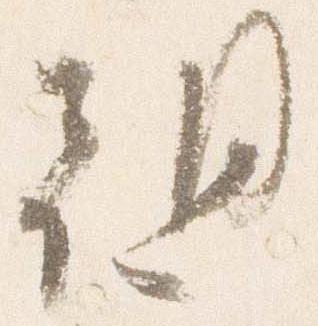
朝